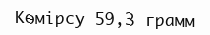
Көмірсу 59,3 грамм